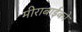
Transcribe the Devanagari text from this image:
मीराबाईको